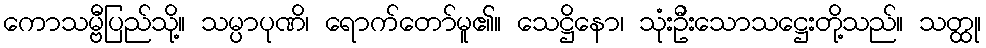
ကောသမ္ဗီပြည်သို့။ သမ္ပာပုဏိ၊ ရောက်တော်မူ၏။ သေဋ္ဌိနော၊ သုံးဦးသောသဋ္ဌေးတို့သည်။ သတ္ထု၊